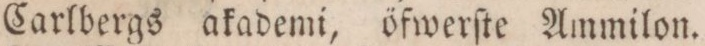
Carlbergs akademi, öfwerſte Ammilon.